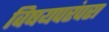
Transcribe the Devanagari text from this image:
विषयपरंपरा